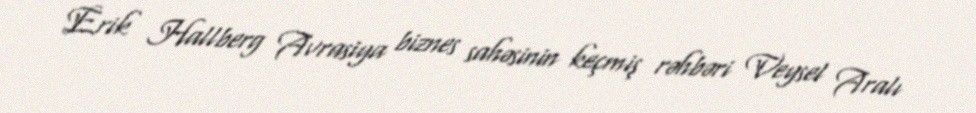
Erik Hallberg Avrasiya biznes sahəsinin keçmiş rəhbəri Veysel Aralı